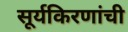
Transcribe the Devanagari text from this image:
सूर्यकिरणांची